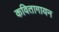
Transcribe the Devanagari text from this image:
कवितागायन